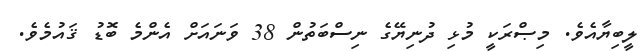
ލީބިޔާއެވެ. މިޞްރަކީ މުޅި ދުނިޔޭގެ ނިސްބަތުން 38 ވަނައަށް އެންމެ ބޮޑު ޤައުމެވެ.